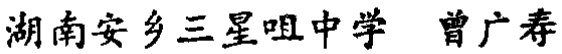
湖南安乡三星咀中学 曾广春